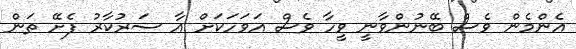
އެންމެން ވެސް ބޭނުންވާނީ ވީހާ ވެސް އަވަހަކަށް އާ ސަރުކާރު ފެށޭ ތަން